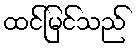
ထင်မြင်သည်